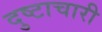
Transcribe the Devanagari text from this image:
दुष्टाचारी